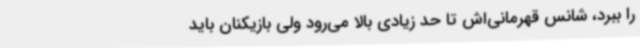
را ببرد، شانس قهرمانی‌اش تا حد زیادی بالا می‌رود ولی بازیکنان باید